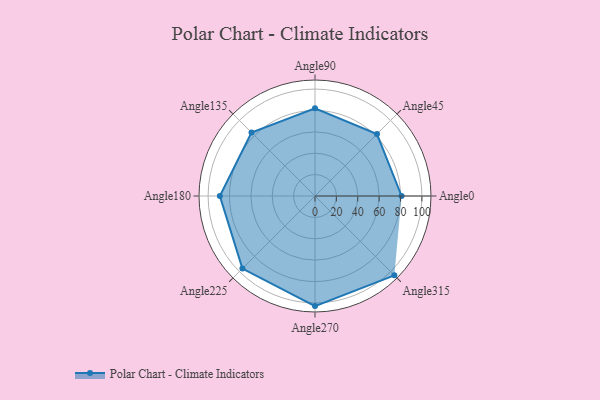
{"axis": {"x": "Angle", "y": "Radius"}, "legend": [""], "data": [{"x": "Angle0", "y": 81.0, "type": ""}, {"x": "Angle45", "y": 82.0, "type": ""}, {"x": "Angle90", "y": 82.0, "type": ""}, {"x": "Angle135", "y": 84.0, "type": ""}, {"x": "Angle180", "y": 89.0, "type": ""}, {"x": "Angle225", "y": 96.0, "type": ""}, {"x": "Angle270", "y": 103.0, "type": ""}, {"x": "Angle315", "y": 105.0, "type": ""}]}